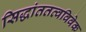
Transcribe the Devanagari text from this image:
सिद्धांततत्वविवेक